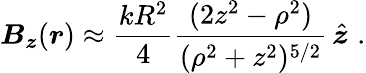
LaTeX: \boldsymbol{B_{z}}(\boldsymbol{r})\approx\frac{kR^{2}}{4}\frac{(2z^{2}-\rho^{2})}{(\rho^{2}+z^{2})^{5/2}}\, \hat{\boldsymbol{z}}\, \, .